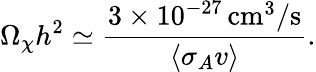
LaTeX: \Omega_{\chi}h^{2}\simeq\frac{3\times 10^{-27}\, \mathrm{cm}^{3}/\mathrm{s}}{\langle\sigma_{A}v\rangle}.